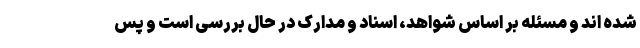
شده اند و مسئله بر اساس شواهد، اسناد و مدارک در حال بررسی است و پس